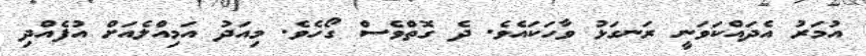
އުމަރު އެދައްކަވަނީ ރަނގަޅު ވާހަކައެވެ. ދެ ގޮތްވެސް ގޯހެވެ. މިއަދު އަމިއްލެއަށް އުފެއްދި